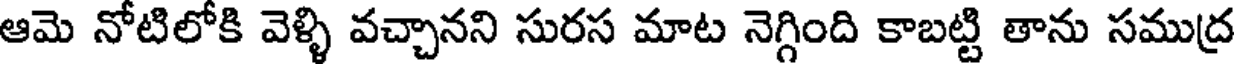
ఆమె నోటిలోకి వెళ్ళి వచ్చానని సురస మాట నెగ్గింది కాబట్టి తాను సముద్ర